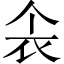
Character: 𫢚